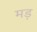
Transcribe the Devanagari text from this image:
मड़